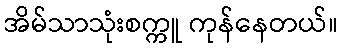
အိမ်သာသုံးစက္ကူ ကုန်နေတယ်။